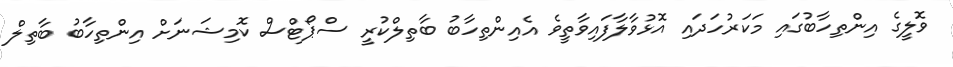
ވޮލީގެ އިންތިހާބުގައި މަކަރުހަދައި އޮޅުވާލާފައިވާތީވެ އެއިންތިހާބު ބާތިލްކުރީ ސްޕޯޓްސް ކޮމިޝަނަށް އިންތިހާބު ބާތިލް